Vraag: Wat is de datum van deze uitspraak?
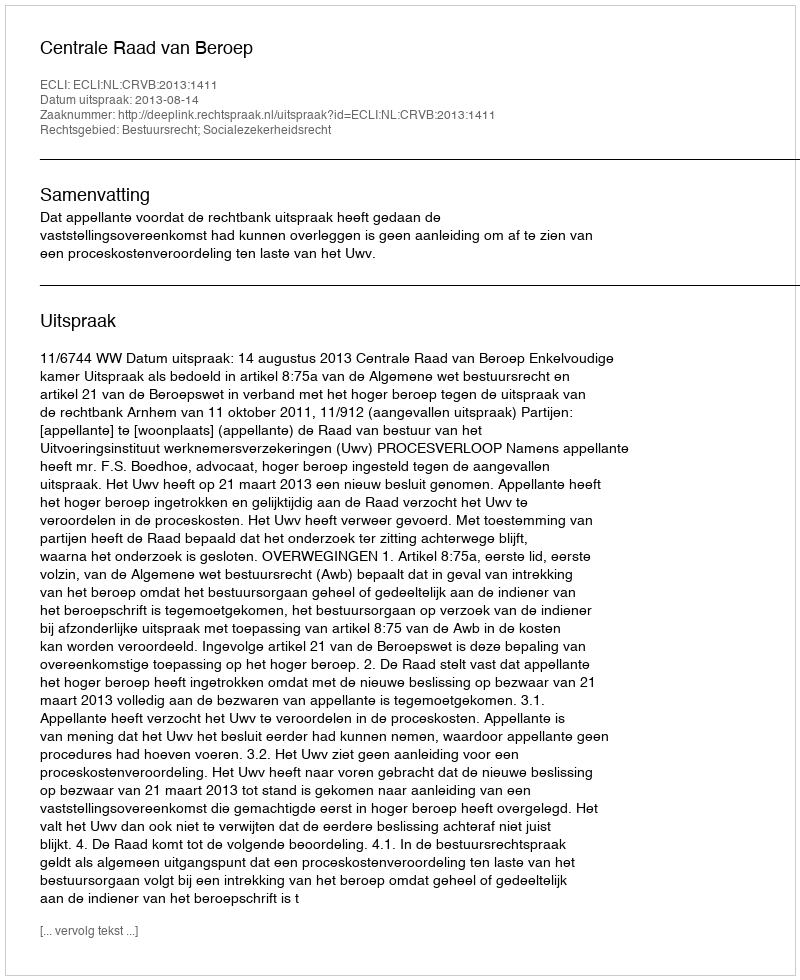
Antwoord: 2013-08-14